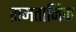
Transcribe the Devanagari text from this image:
समतानिक